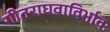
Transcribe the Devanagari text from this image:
गीतराघवाविर्भावः